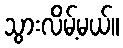
သွားလိမ့်မယ်။